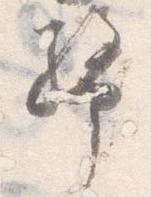
幣